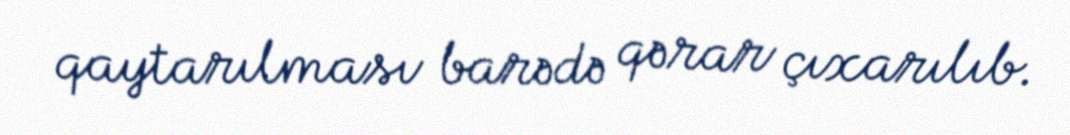
qaytarılması barədə qərar çıxarılıb.